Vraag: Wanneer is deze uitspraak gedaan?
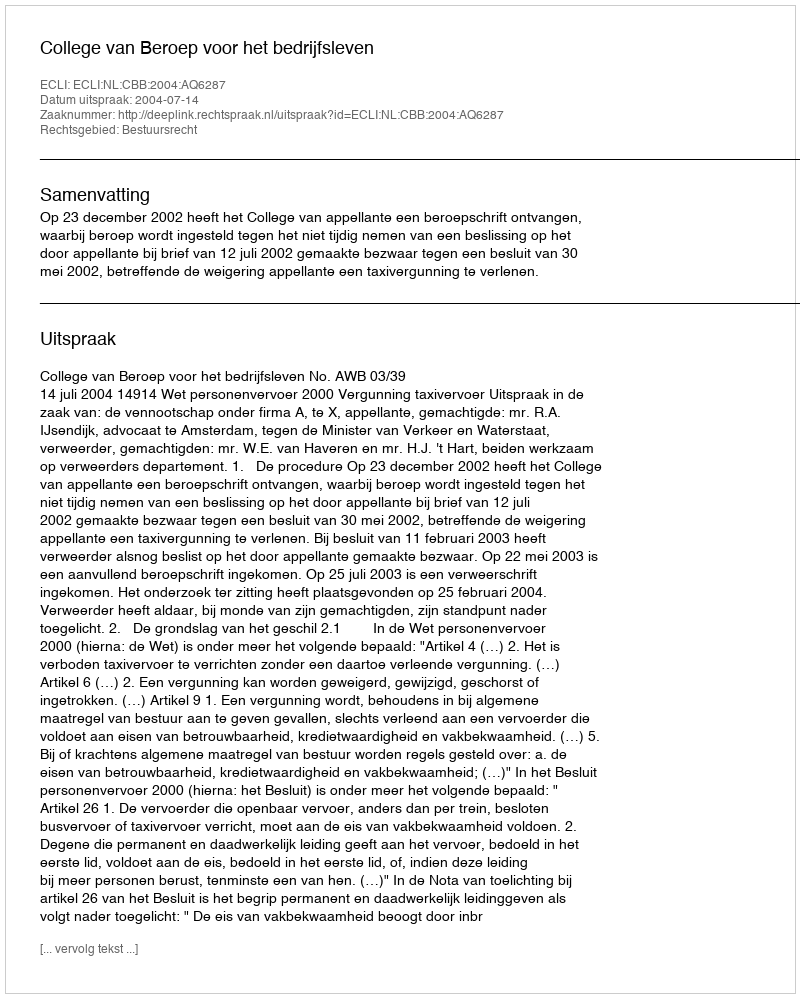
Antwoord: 2004-07-14